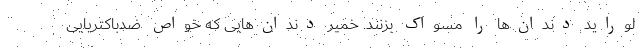
لوراید دندان‌ها را مسواک بزنند. خمیر دندان‌هایی که خواص ضدباکتریایی